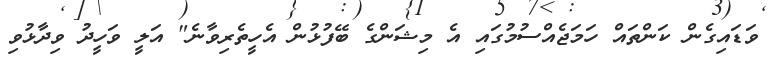
ވަޑައިގެން ކަންތައް ހަމަޖެއްސުމުގައި އެ މިޝަންގެ ބޭފުޅުން އެހީތެރިވާނެ" އަލީ ވަހީދު ވިދާޅުވި